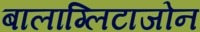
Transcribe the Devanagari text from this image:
बालाग्लिटाजोन